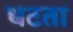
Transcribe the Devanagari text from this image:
धटता